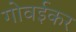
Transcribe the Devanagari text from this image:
गोवईकर